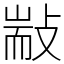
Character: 㪜